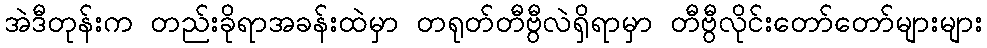
အဲဒီတုန်းက တည်းခိုရာအခန်းထဲမှာ တရုတ်တီဗွီလဲရှိရာမှာ တီဗွီလိုင်းတော်တော်များများ